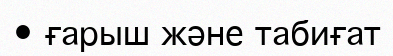
• ғарыш және табиғат